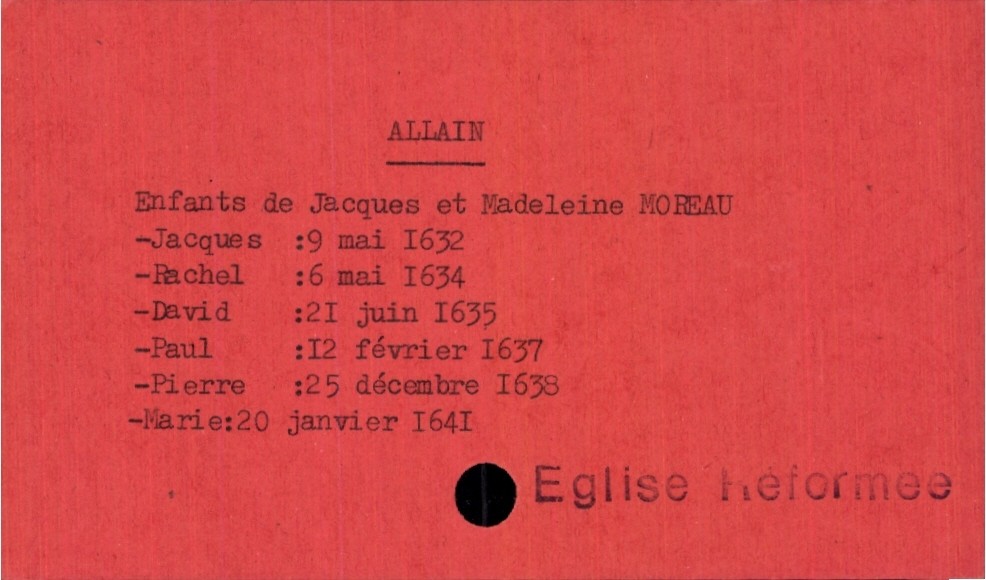
type_acte: Baptême
observations: Eglise réformee
filiation: fille
enfant_prénom: Marie
enfant_date_de_naissance: 20 janvier 1641
père_enfant_nom: Allain
père_enfant_prénom: Jacques
mère_enfant_nom: Moreau
mère_enfant_prénom: Madeleine